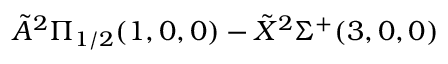
\tilde { A } ^ { 2 } \Pi _ { 1 / 2 } ( 1 , 0 , 0 ) - \tilde { X } ^ { 2 } \Sigma ^ { + } ( 3 , 0 , 0 )